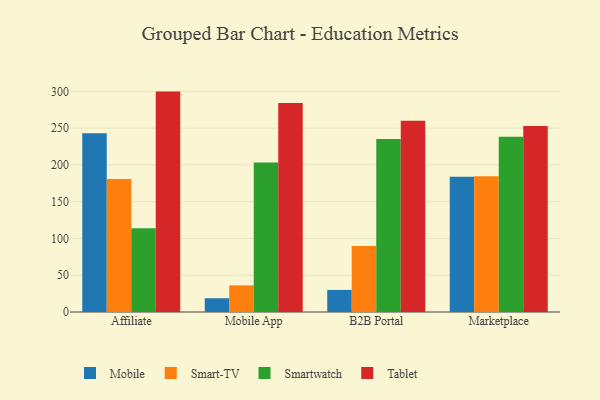
{"axis": {"x": "Channel", "y": "Gross Profit (USD K)"}, "legend": ["Mobile", "Smart-TV", "Smartwatch", "Tablet"], "data": [{"x": "Affiliate", "y": 242.9, "type": "Mobile"}, {"x": "Affiliate", "y": 180.8, "type": "Smart-TV"}, {"x": "Affiliate", "y": 114.0, "type": "Smartwatch"}, {"x": "Affiliate", "y": 299.6, "type": "Tablet"}, {"x": "Mobile App", "y": 18.7, "type": "Mobile"}, {"x": "Mobile App", "y": 36.2, "type": "Smart-TV"}, {"x": "Mobile App", "y": 203.3, "type": "Smartwatch"}, {"x": "Mobile App", "y": 284.2, "type": "Tablet"}, {"x": "B2B Portal", "y": 30.0, "type": "Mobile"}, {"x": "B2B Portal", "y": 89.6, "type": "Smart-TV"}, {"x": "B2B Portal", "y": 235.1, "type": "Smartwatch"}, {"x": "B2B Portal", "y": 260.1, "type": "Tablet"}, {"x": "Marketplace", "y": 183.7, "type": "Mobile"}, {"x": "Marketplace", "y": 184.6, "type": "Smart-TV"}, {"x": "Marketplace", "y": 238.2, "type": "Smartwatch"}, {"x": "Marketplace", "y": 252.9, "type": "Tablet"}]}